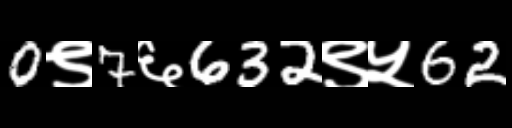
Text: 0९7६632९५62